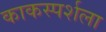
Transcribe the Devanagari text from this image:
काकस्पर्शला